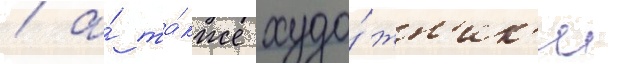
/ а́ та́кже худо́жн'ик'и